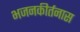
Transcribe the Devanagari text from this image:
भजनकीर्तनास